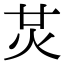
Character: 炗